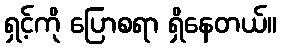
ရှင့်ကို ပြောစရာ ရှိနေတယ်။